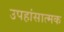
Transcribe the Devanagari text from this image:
उपहांसात्मक